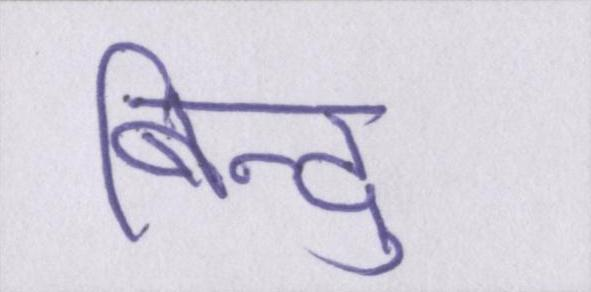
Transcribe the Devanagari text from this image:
बिन्दु